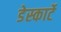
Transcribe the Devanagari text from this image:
डेस्कार्टे